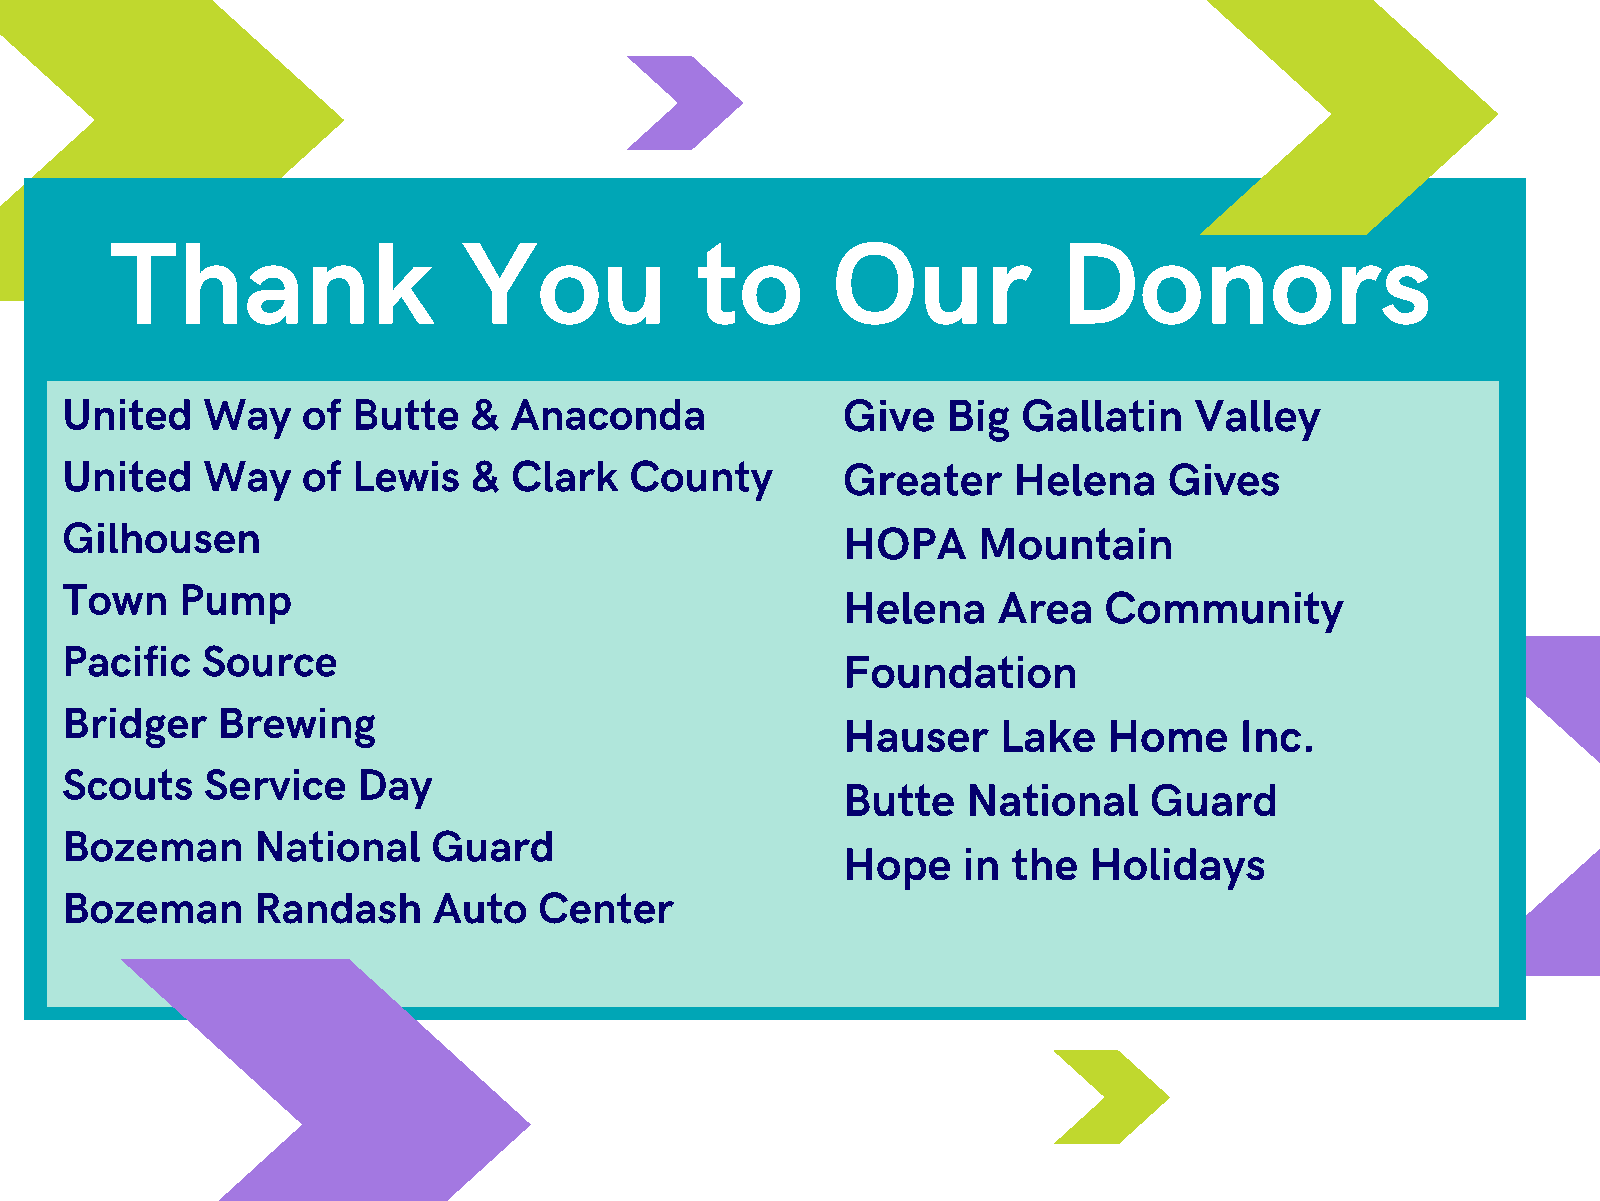
Thank                   You            to       Our            Donors
 United   Way    of Butte   &  Anaconda              Give   Big  Gallatin   Valley
 United   Way    of Lewis   &  Clark   County        Greater    Helena    Gives
 Gilhousen                                           HOPA     Mountain
 Town    Pump
 Helena    Area   Community
 Pacific  Source
 Foundation
 Bridger   Brewing
 Hauser    Lake   Home     Inc.
 Scouts    Service   Day
 Butte   National    Guard
 Bozeman      National    Guard
 Hope    in the  Holidays
 Bozeman      Randash     Auto   Center